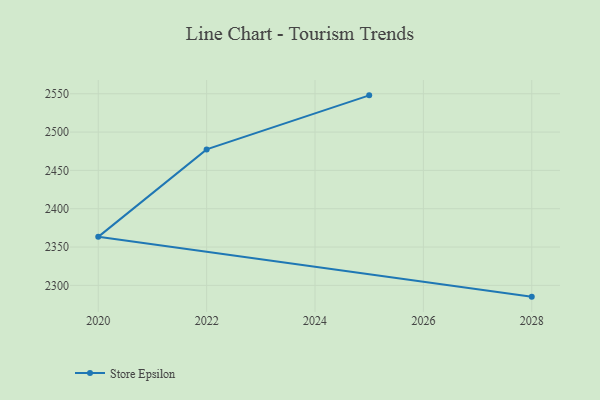
{"axis": {"x": "Year", "y": "Energy Usage (MWh)"}, "legend": ["Store Epsilon"], "data": [{"x": "2028", "y": 2285.3, "type": "Store Epsilon"}, {"x": "2020", "y": 2363.3, "type": "Store Epsilon"}, {"x": "2022", "y": 2477.4, "type": "Store Epsilon"}, {"x": "2025", "y": 2547.9, "type": "Store Epsilon"}]}